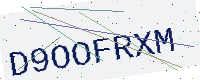
Text: D9OOFRXM